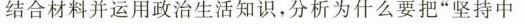
结合材料并运用政治生活知识，分析为什么要把”坚持中